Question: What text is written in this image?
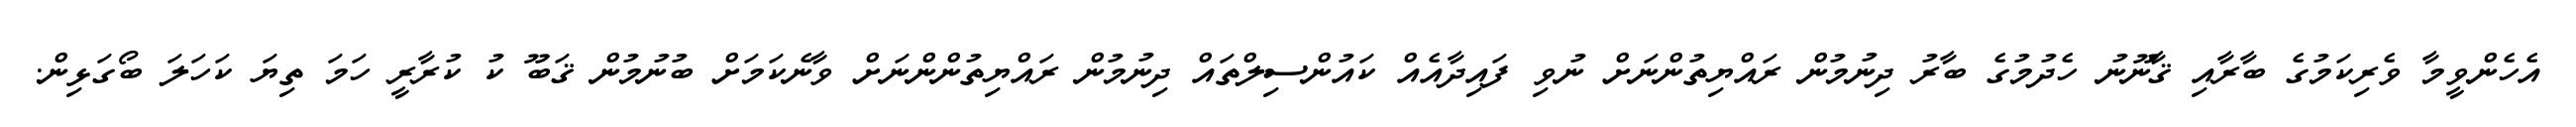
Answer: އެހެންވީމާ ވެރިކަމުގެ ބާރާއި ޤާނޫނު ހެދުމުގެ ބާރު ދިނުމުން ރައްޔިތުންނަށް ނުވި ފައިދާއެއް ކައުންސިލްތައް ދިނުމުން ރައްޔިތުންންނަށް ވާނެކަމަށް ބުނުމުން ޤަބޫ ކު ކުރާރީ ހަމަ ތިޔަ ކަހަލަ ބޯގަޅިން.